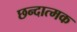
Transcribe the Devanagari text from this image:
छन्दात्मक